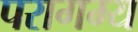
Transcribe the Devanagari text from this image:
परागम्य